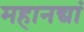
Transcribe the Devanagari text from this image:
महानद्यां